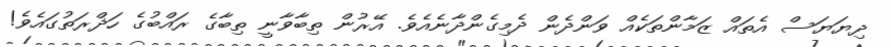
ދިޔަޔަސް އެތައް ޒަމާންތަކެއް ވަންދެން ދެމިގެންދާނެއެވެ. އޭރުން ތިބާވާނީ ތިބާގެ ރައްބުގެ ހަޛްރަތުގައެވެ!